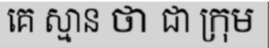
គេ ស្មាន ថា ជា ក្រុម